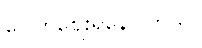
ပေါက်ဈေးရှိနေပါတယ်။